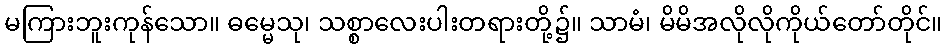
မကြားဘူးကုန်သော။ ဓမ္မေသု၊ သစ္စာလေးပါးတရားတို့၌။ သာမံ၊ မိမိအလိုလိုကိုယ်တော်တိုင်။